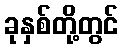
ခုနှစ်တို့တွင်